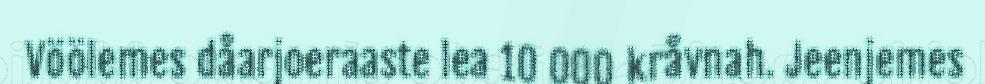
Vöölemes dåarjoeraaste lea 10 000 kråvnah. Jeenjemes